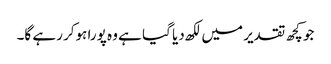
جو کچھ تقدیر میں لکھ دیا گیا ہے وہ پورا ہوکر رہے گا۔